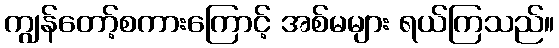
ကျွန်တော့်စကားကြောင့် အစ်မများ ရယ်ကြသည်။